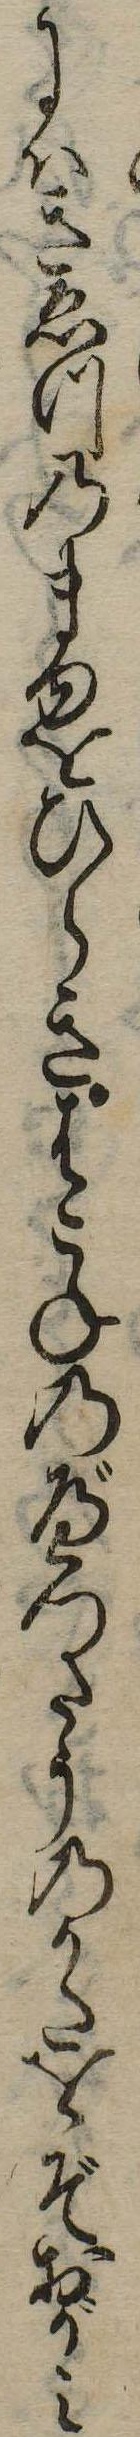
にはきゑつのまゆをひらきはこねのべつたうのかたをぞおがみ